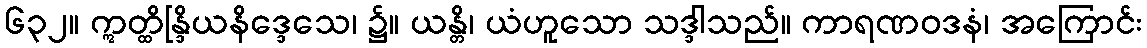
၆၃၂။ ဣတ္ထိန္ဒြိယနိဒ္ဒေသေ၊ ၌။ ယန္တိ၊ ယံဟူသော သဒ္ဒါသည်။ ကာရဏဝဒနံ၊ အကြောင်း